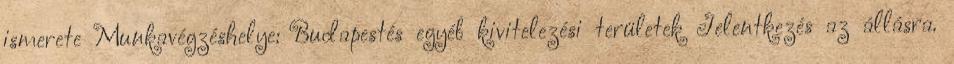
ismerete Munkavégzéshelye: Budapestés egyéb kivitelezési területek Jelentkezés az állásra.